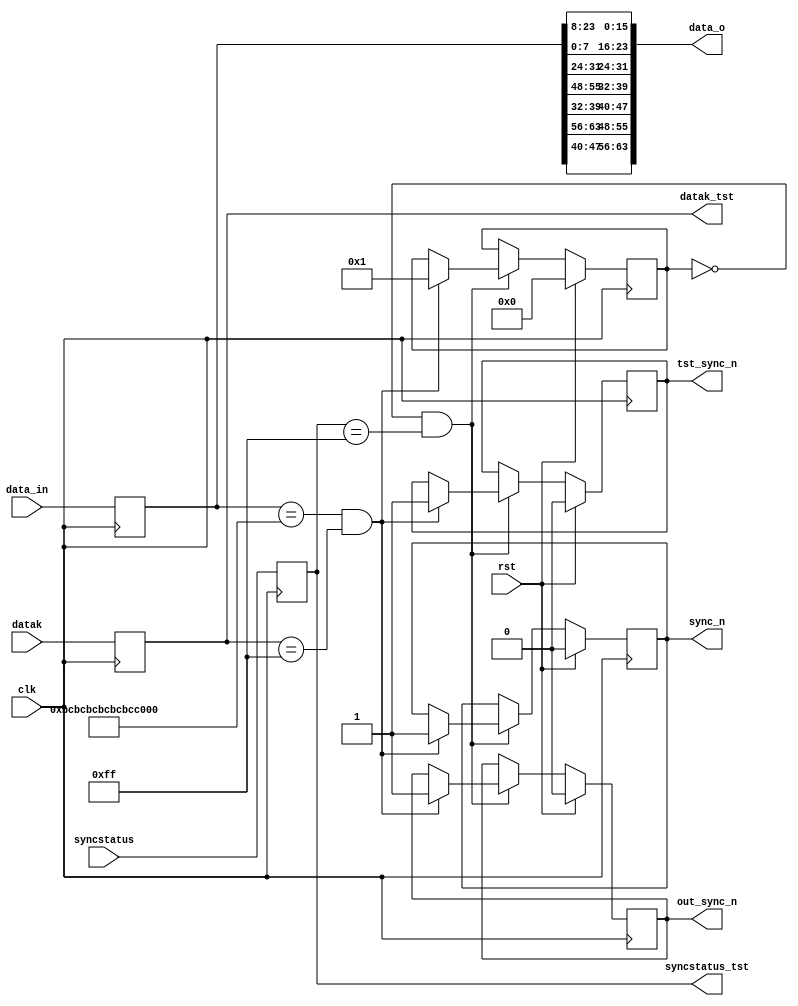
//-----------------------------------------------------------------------------
//
// Title       : adc_data_rcv
// Design      : arria5_tst1
// Company     : nasa
//
//-----------------------------------------------------------------------------
//
// Generated   : Thu Aug  2 11:57:10 2018
// From        : interface description file
// By          : Itf2Vhdl ver. 1.22
//
//-----------------------------------------------------------------------------
//
// Description : 
//
//-----------------------------------------------------------------------------
`timescale 1 ns / 1 ps

//{{ Section below this comment is automatically maintained
//   and may be overwritten
//{module {adc_data_rcv}}
module adc_data_rcv (
	output wire [63:0] data_o,
	output wire sync_n,
	output wire out_sync_n,
	output wire tst_sync_n,
	output wire [7:0] datak_tst,
	output wire [7:0] syncstatus_tst,
//	input wire  [3:0] rclk ,
	input wire   clk ,
	input wire [63:0] data_in,
	input wire [7:0] datak,	
	input wire [7:0] syncstatus,
//	input wire [7:0] error_link,
	input wire rst

);

 parameter DATA_PATH_WIDTH = 4;

reg [63:0] data_reg =0;	
reg [63:0] d=0;
reg [63:0] d0=0; 
reg [63:0] d1=0;  
reg [63:0] d2=0;
reg [ 7:0] step=0;
reg reg_SYNC_N=0;
reg READY_OK=0;
reg [7:0] reg_datak_tst=0;
reg [7:0] reg_syncstatus_tst=0;

reg [63:0] cdc_data0=0;
reg [63:0] cdc_data1=0;

reg [7:0] cdc_datak0=0;
reg [7:0] cdc_datak1=0;
reg [7:0] reg_syncstatus0=0;
reg [7:0] reg_syncstatus1=0;

reg [15:0] data_rx0=0;
reg [15:0] data_rx1=0;
reg [15:0] data_rx2=0;
reg [15:0] data_rx3=0;
reg [7:0] datak_rclk=0;
reg [7:0] reg_error_link=0;
reg rg_sync0=0;
reg rg_sync1=0;

/*
always @(posedge rclk[0])//posedge rclk[0]
begin

	cdc_data0<=data_in;
	cdc_datak0<=datak;
	reg_syncstatus0<=syncstatus;

end

always @(posedge clk)
begin

cdc_data1<=cdc_data0;
cdc_datak1<=cdc_datak0;
reg_syncstatus1<=reg_syncstatus0;

end
*/	
reg [DATA_PATH_WIDTH-1:0] phy_charisk;//datak
reg [DATA_PATH_WIDTH-1:0] char_is_cgs = 1'b0; 
reg [DATA_PATH_WIDTH-1:0] charisk28 = 4'b0000;
reg [DATA_PATH_WIDTH*8-1:0] phy_data;
wire [7:0] char[0:DATA_PATH_WIDTH-1];

// 	K.28.0   1c	   "R"
//  K.28.3   7c	   "A"
//  K.28.4	 9c	   "Q"
//  K.28.5	 bc	   "K"
//  K.28.7	 fc	   //frame alignment character
/*
genvar i;
generate

for (i = 0; i < 64; i = i + 1) begin: gen_char
  assign char[i] = phy_data[i*8+7:i*8];

  always @(*) begin

    char_is_cgs[i] <= 1'b0;
    charisk28[i] <= 1'b0;

    if (char[i][4:0] == 'd28 && cdc_datak0[i]) begin
      charisk28[i] <= 1'b7;
      if (char[i][7:5] == 'd5) begin
        char_is_cgs[i] <= 1'b1;
      end
    end
  end
end

endgenerate
*/
always @(posedge clk)
begin	
	    d0<=data_in;
cdc_datak0<=datak;
reg_syncstatus0<=syncstatus;
end


always @(posedge clk)
	if (rst)
		begin
		step<=0;	
		reg_SYNC_N<=0;
		rg_sync0<=0;
		rg_sync1<=0;
		READY_OK<=0;
		end 
	else
		if ((step==0)&&(reg_syncstatus0==8'b11111111))
		begin
		  if ((d0=={8'hbc,8'hbc,8'hbc,8'hbc,8'hbc,8'hbc,8'hbc,8'hbc})&&(cdc_datak0==8'b11111111))
			begin
				reg_SYNC_N<=1;
				rg_sync0<=1;
				rg_sync1<=1;
				step<=1;
			end
		end	 
		else 
			if (step==1)
		begin 			

		/*
			d<=d1;
			
			if (cdc_datak0[0]) d1[ 7: 0]<=d[ 7: 0]; else d1[ 7: 0]<=d0[ 7: 0];
			if (cdc_datak0[1]) d1[15: 8]<=d[15: 8]; else d1[15: 8]<=d0[15: 8];
			if (cdc_datak0[2]) d1[23:16]<=d[23:16]; else d1[23:16]<=d0[23:16];
			if (cdc_datak0[3]) d1[31:24]<=d[31:24]; else d1[31:24]<=d0[31:24];
			if (cdc_datak0[4]) d1[39:32]<=d[39:32]; else d1[39:32]<=d0[39:32]; 
			if (cdc_datak0[5]) d1[47:40]<=d[47:40]; else d1[47:40]<=d0[47:40];
			if (cdc_datak0[6]) d1[55:48]<=d[55:48]; else d1[55:48]<=d0[55:48];
			if (cdc_datak0[7]) d1[63:56]<=d[63:56]; else d1[63:56]<=d0[63:56];
		*/

	
		end 
		//{d0[55:48],d0[47:40],d0[63:56],d0[39:32],d0[23:16],d0[15:8],d0[31:24],d0[7:0]};
   assign data_o={d0[47:40],d0[63:56],d0[39:32],d0[55:48],d0[31:24],d0[7:0],d0[23:16],d0[15:8]};	
   assign sync_n=reg_SYNC_N;
   assign out_sync_n=rg_sync0;
   assign tst_sync_n=rg_sync1;
   assign datak_tst=cdc_datak0;
   assign syncstatus_tst=reg_syncstatus0;

endmodule